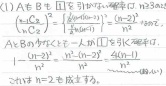
(1) \(A \oplus B\)：
\[
\begin{align*}
A\oplus B&=(A - B)\cup(B - A)\\
&=\{x|(x\in A\land x\notin B)\lor(x\in B\land x\notin A)\}\\
\end{align*}
\]
\[
\begin{align*}
A\oplus B&=\frac{|A - B|+|B - A|}{|A\cup B|}\\
&=\frac{|A|+|B|-2|A\cap B|}{|A|+|B|-|A\cap B|}
\end{align*}
\]